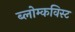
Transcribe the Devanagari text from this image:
ब्लोम्कविस्ट